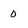
Character: 0